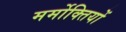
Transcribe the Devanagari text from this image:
मर्मोक्तियों